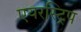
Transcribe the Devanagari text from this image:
एयरस्ट्रिप